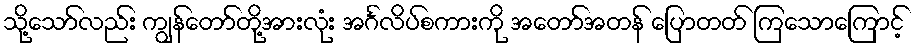
သို့သော်လည်း ကျွန်တော်တို့အားလုံး အင်္ဂလိပ်စကားကို အတော်အတန် ပြောတတ် ကြသောကြောင့်